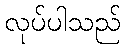
လုပ်ပါသည်